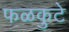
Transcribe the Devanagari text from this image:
फळकुटे